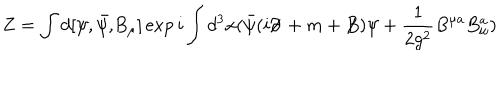
LaTeX: Z = \int d [ \psi , \bar { \psi , } B _ { \mu } ] \exp i \int d ^ { 3 } x ( \bar { \psi } ( i \partial \! \! \! / \, + m + B \! \! \! \! / \, ) \psi + \frac { 1 } { 2 g ^ { 2 } } B ^ { \mu a } B _ { \mu } ^ { a } )